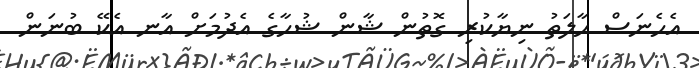
އެހެނަސް ޙާލަތު ނިޔާކުރި ގޮތުން ޝާން ޝުހާގެ އެދުމަށް އާނ އެކޭ ބުނަން